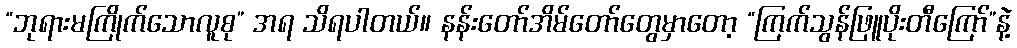
“ဘုရားမကြိုက်သောလူစု” အရ သိရပါတယ်။ နန်းတော်အိမ်တော်တွေမှာတော့ “ကြက်သွန်ဖြူပိုးတီကြော်”နဲ့